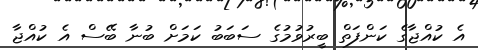
އެ ކުއްޖާގެ ކަންފަތް ބީރުވުމުގެ ސަބަބު ކަމަށް ބުނާ ބޭސް އެ ކުއްޖާ